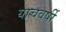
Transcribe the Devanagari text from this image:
याचवर्षी